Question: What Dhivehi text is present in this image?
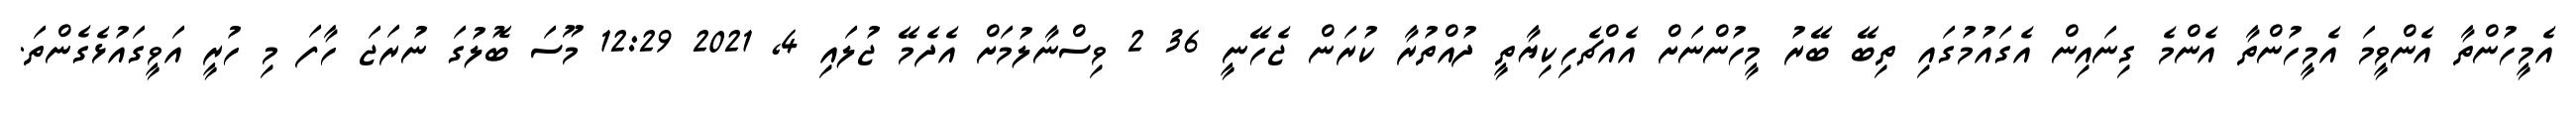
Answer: އެމީހުންތާ އެންވީމަ އެމީހުންތާ އެންމެ ގިނައިން އެގައުމުގައި ތިބޭ ބޭރު މީހުންނަށް އެއްޗެހިކިޔާތީ ދުއްތުރާ ކުރަން ޖެހޭނީ 36 2 ވިސްނާލުމަށް އެދެމޭ ޖުލައި 4, 2021 12:29 މޫސަ ބޮލުގަ ނުރަޖަ ހާފަ މި ހުރީ އަވީގައުޅެގެންތަ.